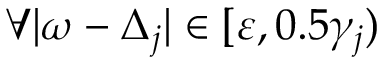
\forall | \omega - \Delta _ { j } | \in [ \varepsilon , 0 . 5 \gamma _ { j } )